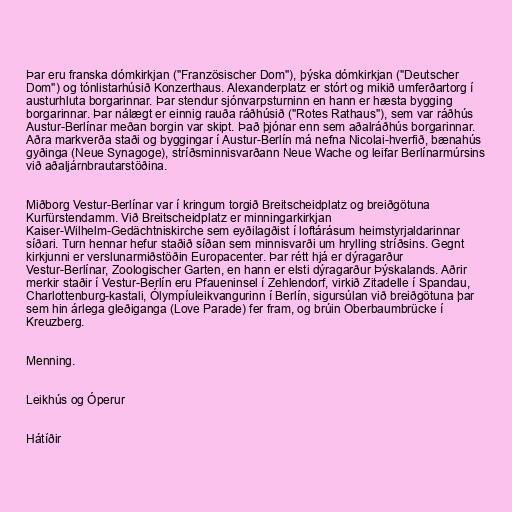
Þar eru franska dómkirkjan ("Französischer Dom"), þýska dómkirkjan ("Deutscher
Dom") og tónlistarhúsið Konzerthaus. Alexanderplatz er stórt og mikið umferðartorg í
austurhluta borgarinnar. Þar stendur sjónvarpsturninn en hann er hæsta bygging
borgarinnar. Þar nálægt er einnig rauða ráðhúsið ("Rotes Rathaus"), sem var ráðhús
Austur-Berlínar meðan borgin var skipt. Það þjónar enn sem aðalráðhús borgarinnar.
Aðra markverða staði og byggingar í Austur-Berlín má nefna Nicolai-hverfið, bænahús
gyðinga (Neue Synagoge), stríðsminnisvarðann Neue Wache og leifar Berlínarmúrsins
við aðaljárnbrautarstöðina.

Miðborg Vestur-Berlínar var í kringum torgið Breitscheidplatz og breiðgötuna
Kurfürstendamm. Við Breitscheidplatz er minningarkirkjan
Kaiser-Wilhelm-Gedächtniskirche sem eyðilagðist í loftárásum heimstyrjaldarinnar
síðari. Turn hennar hefur staðið síðan sem minnisvarði um hrylling stríðsins. Gegnt
kirkjunni er verslunarmiðstöðin Europacenter. Þar rétt hjá er dýragarður
Vestur-Berlínar, Zoologischer Garten, en hann er elsti dýragarður Þýskalands. Aðrir
merkir staðir í Vestur-Berlín eru Pfaueninsel í Zehlendorf, virkið Zitadelle í Spandau,
Charlottenburg-kastali, Ólympíuleikvangurinn í Berlín, sigursúlan við breiðgötuna þar
sem hin árlega gleðiganga (Love Parade) fer fram, og brúin Oberbaumbrücke í
Kreuzberg.

Menning.

Leikhús og Óperur

Hátíðir